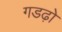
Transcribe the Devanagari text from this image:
गडढ़ो